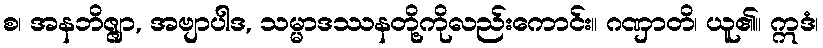
စ၊ အနဘိဇ္ဇျာ, အဗျာပါဒ, သမ္မာဒဿနတို့ကိုလည်းကောင်း။ ဂဏှာတိ၊ ယူ၏။ ဣဒံ၊